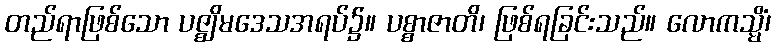
တည်ရာဖြစ်သော ပဇ္ဈိမဒေသအရပ်၌။ ပစ္စာဇာတိ၊ ဖြစ်ရခြင်းသည်။ လောကသ္မိံ၊